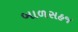
બાળસહજ